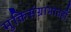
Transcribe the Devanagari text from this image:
मुक्तिसंग्रामातही